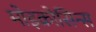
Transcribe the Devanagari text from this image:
मोइक्रोसिन्स